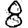
Digit: 8